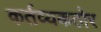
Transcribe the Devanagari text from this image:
कर्तव्यकठोर